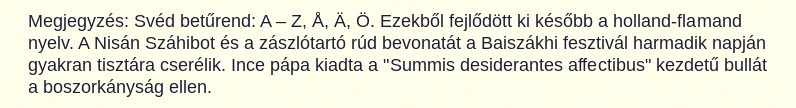
Megjegyzés: Svéd betűrend: A – Z, Å, Ä, Ö. Ezekből fejlődött ki később a holland-flamand nyelv. A Nisán Száhibot és a zászlótartó rúd bevonatát a Baiszákhi fesztivál harmadik napján gyakran tisztára cserélik. Ince pápa kiadta a "Summis desiderantes affectibus" kezdetű bullát a boszorkányság ellen.